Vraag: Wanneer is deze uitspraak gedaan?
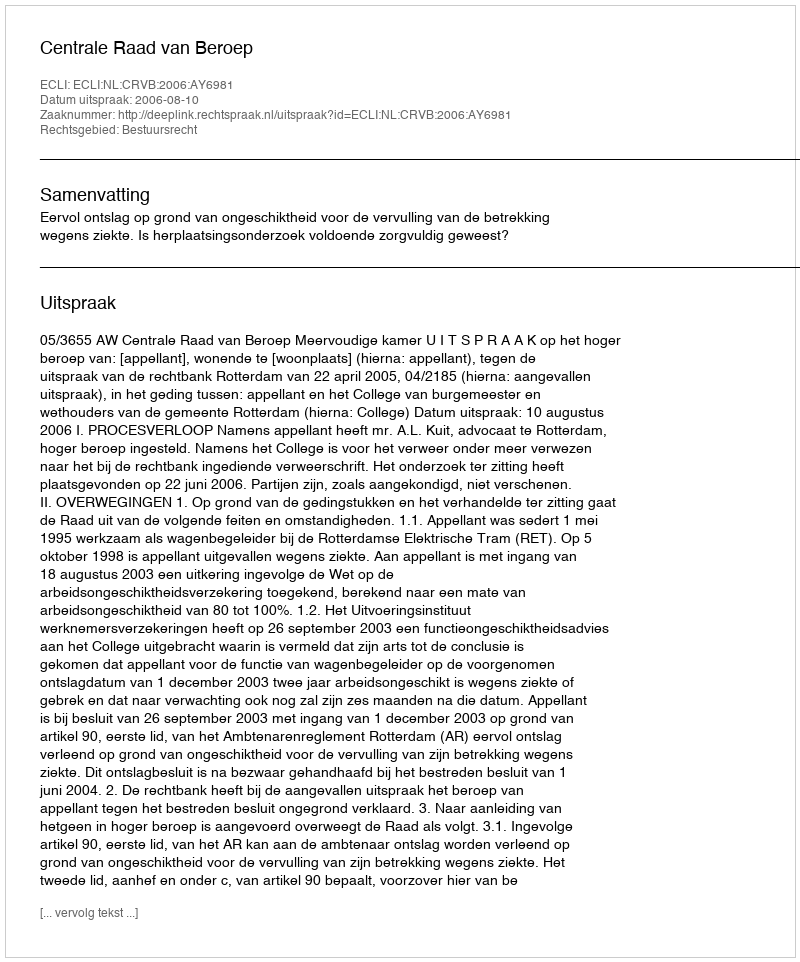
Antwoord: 2006-08-10